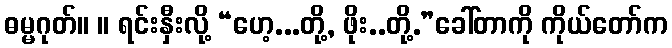
ဓမ္မဂုတ်။ ။ ရင်းနှီးလို့ “ဟေ့...တို့, ဖိုး..တို့.”ခေါ်တာကို ကိုယ်တော်က